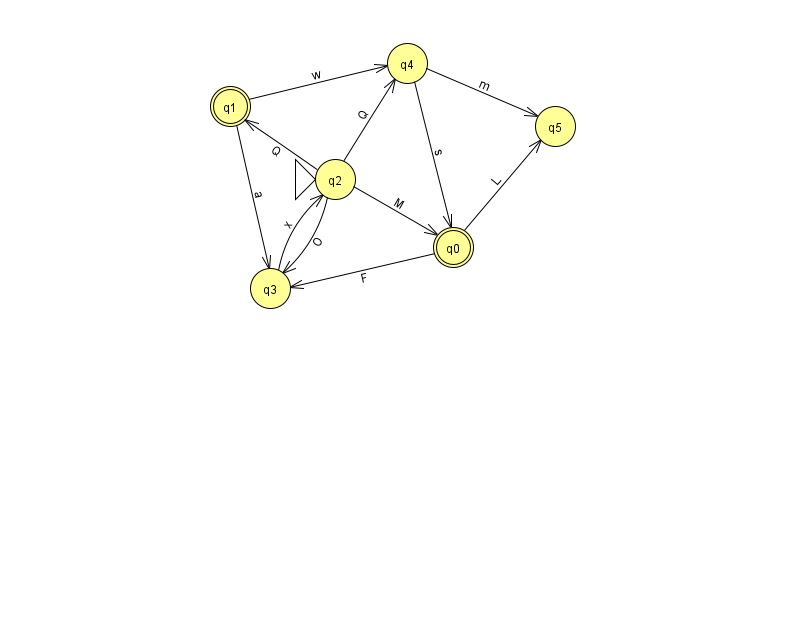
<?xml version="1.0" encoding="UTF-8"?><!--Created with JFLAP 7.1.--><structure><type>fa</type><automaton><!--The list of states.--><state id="0" name="q0"><x>453.0</x><y>234.0</y><final/></state><state id="1" name="q1"><x>230.0</x><y>93.0</y><final/></state><state id="2" name="q2"><x>335.0</x><y>166.0</y><initial/></state><state id="3" name="q3"><x>270.0</x><y>275.0</y></state><state id="4" name="q4"><x>407.0</x><y>50.0</y></state><state id="5" name="q5"><x>555.0</x><y>113.0</y></state><!--The list of transitions.--><transition><from>0</from><to>3</to><read>F</read></transition><transition><from>1</from><to>4</to><read>w</read></transition><transition><from>2</from><to>1</to><read>Q</read></transition><transition><from>1</from><to>3</to><read>a</read></transition><transition><from>4</from><to>0</to><read>s</read></transition><transition><from>2</from><to>4</to><read>Q</read></transition><transition><from>2</from><to>3</to><read>O</read></transition><transition><from>4</from><to>5</to><read>m</read></transition><transition><from>3</from><to>2</to><read>x</read></transition><transition><from>2</from><to>0</to><read>M</read></transition><transition><from>0</from><to>5</to><read>L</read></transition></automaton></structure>